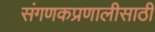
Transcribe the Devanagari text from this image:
संगणकप्रणालीसाठी